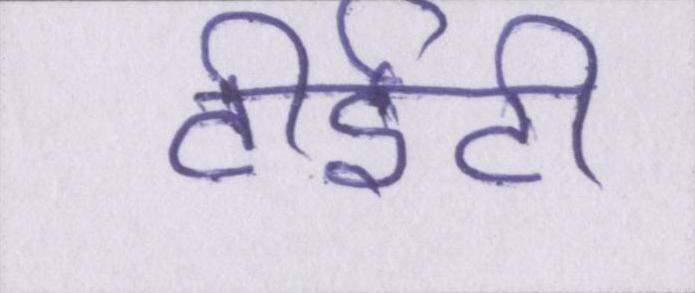
टीईटी